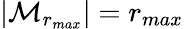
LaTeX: \vert\mathcal{M}_{r_{max}}\vert=r_{max}